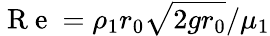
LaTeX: \mathrm{~R~e~}=\rho_{1}r_{0}\sqrt{2gr_{0}}/\mu_{1}